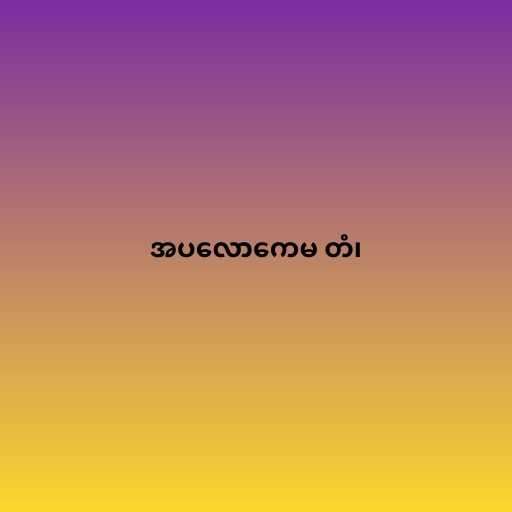
အပလောကေမ တံ၊